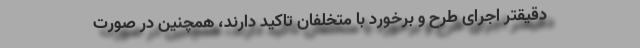
دقیقتر اجرای طرح و برخورد با متخلفان تاکید دارند، همچنین در صورت